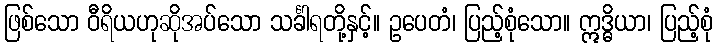
ဖြစ်သော ဝီရိယဟုဆိုအပ်သော သင်္ခါရတို့နှင့်။ ဥပေတံ၊ ပြည့်စုံသော။ ဣဒ္ဓိယာ၊ ပြည့်စုံ